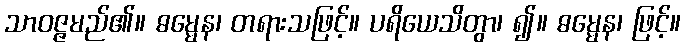
သာဝဇ္ဇမည်၏။ ဓမ္မေန၊ တရားသဖြင့်။ ပရိယေသိတွာ၊ ၍။ ဓမ္မေန၊ ဖြင့်။